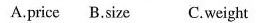
A.price B.Size C.Weight